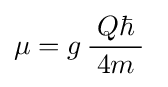
\mu =g\,{\frac {\;Q\hbar \;}{4m}}\